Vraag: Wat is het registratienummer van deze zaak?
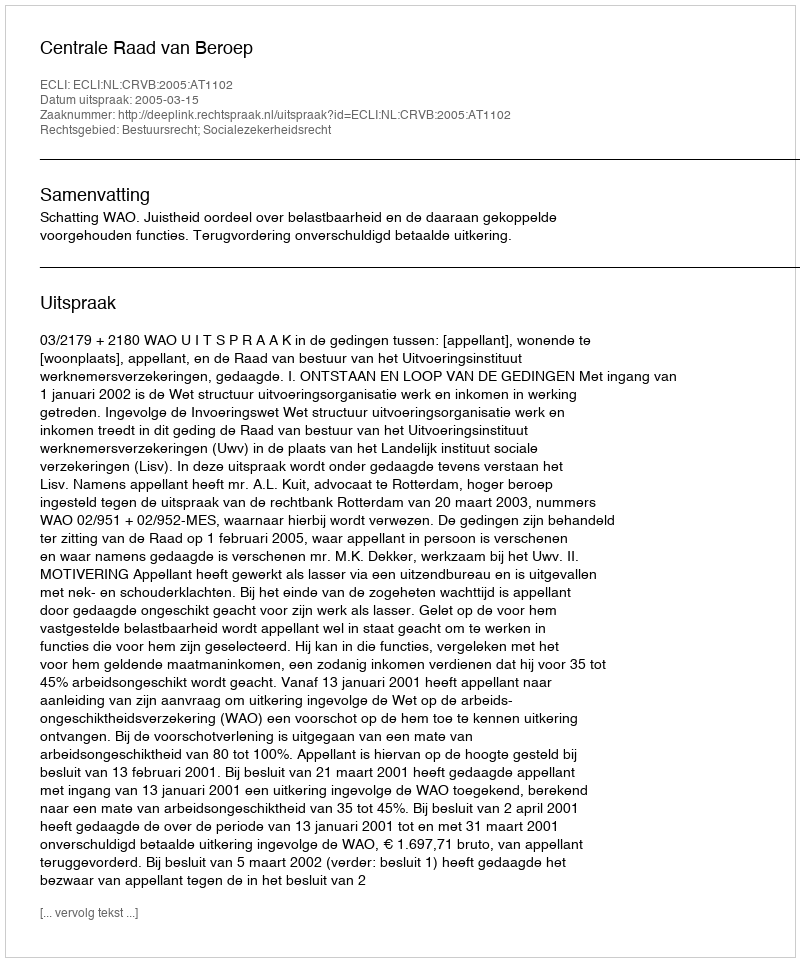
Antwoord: http://deeplink.rechtspraak.nl/uitspraak?id=ECLI:NL:CRVB:2005:AT1102